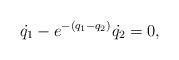
LaTeX: \begin{align*}\dot{q_1}-e^{-(q_1-q_2)}\dot{q_2}=0,\end{align*}